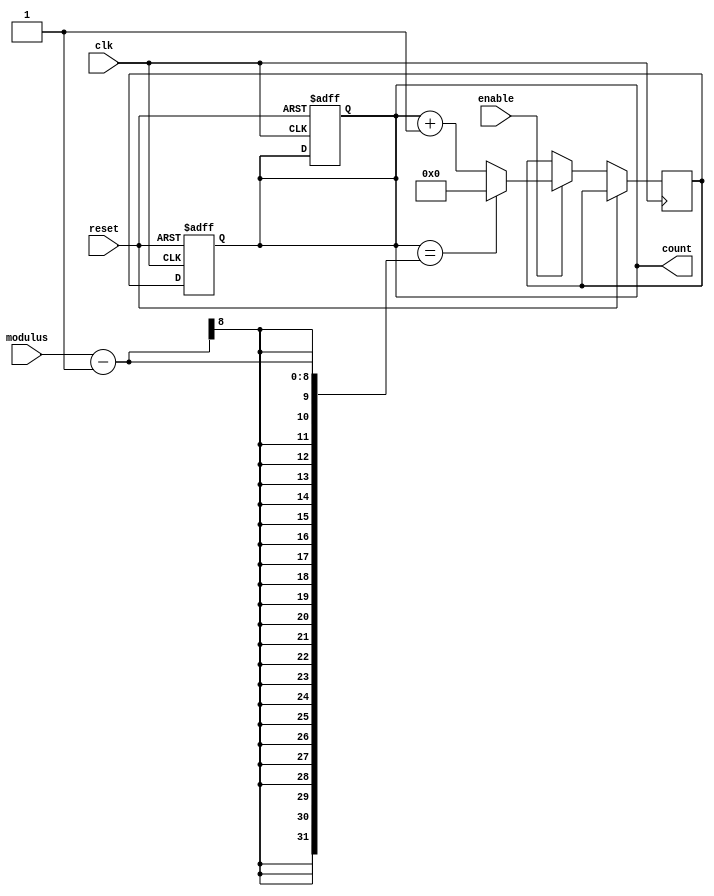
module Modulus_Counter (
  input wire clk,
  input wire reset,
  input wire enable,
  input wire [7:0] modulus,
  output reg [7:0] count
);

reg [7:0] next_count;

always @(posedge clk or posedge reset) begin
  if (reset) begin
    count <= 8'b0; // Reset count to zero
  end else if (enable) begin
    if (count == modulus - 1) begin
      next_count <= 8'b0; // Reset count back to zero
    end else begin
      next_count <= count + 1; // Increment count
    end
  end
end

always @(posedge clk or posedge reset) begin
  if (reset) begin
    count <= 8'b0; // Reset count to zero
  end else begin
    count <= next_count; // Update count with next_count
  end
end

endmodule